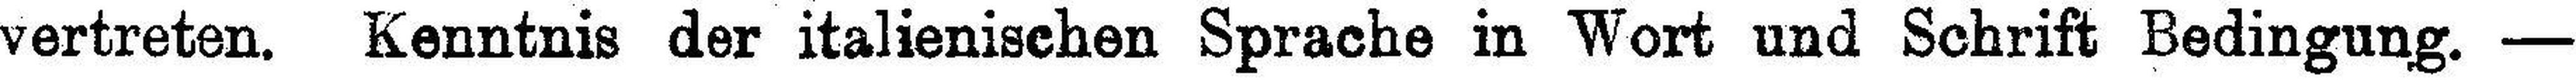
vertreten. Kenntnis der italienischen Sprache in Wort und Schrift Bedingung. —